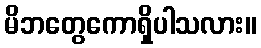
မိဘတွေကောရှိပါသလား။